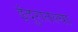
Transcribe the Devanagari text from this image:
इंदुरातल्या